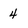
Character: 4